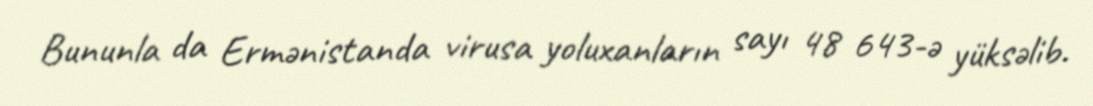
Bununla da Ermənistanda virusa yoluxanların sayı 48 643-ə yüksəlib.